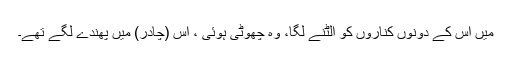
میں اس کے دونوں کناروں کو الٹنے لگا، وہ چھوٹی ہوئی ، اس (چادر) میں پھُندے لگے تھے۔